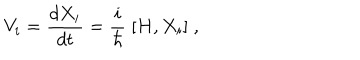
V _ { i } = \frac { d X _ { i } } { d t } = \frac { i } { \hbar } \; { [ } H , X _ { i } { ] } \; ,